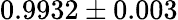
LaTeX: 0.9932\pm 0.003